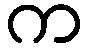
က